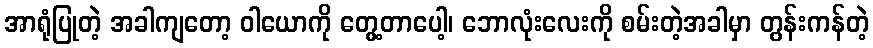
အာရုံပြုတဲ့ အခါကျတော့ ဝါယောကို တွေ့တာပေါ့၊ ဘောလုံးလေးကို စမ်းတဲ့အခါမှာ တွန်းကန်တဲ့